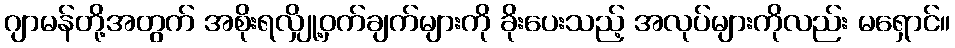
ဂျာမန်တို့အတွက် အစိုးရလျှို့ဝှက်ချက်များကို ခိုးပေးသည့် အလုပ်များကိုလည်း မရှောင်။